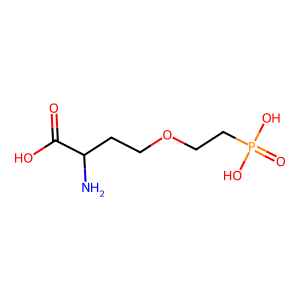
SMILES: NC(CCOCCP(=O)(O)O)C(=O)O
Inhibits HIV replication: No